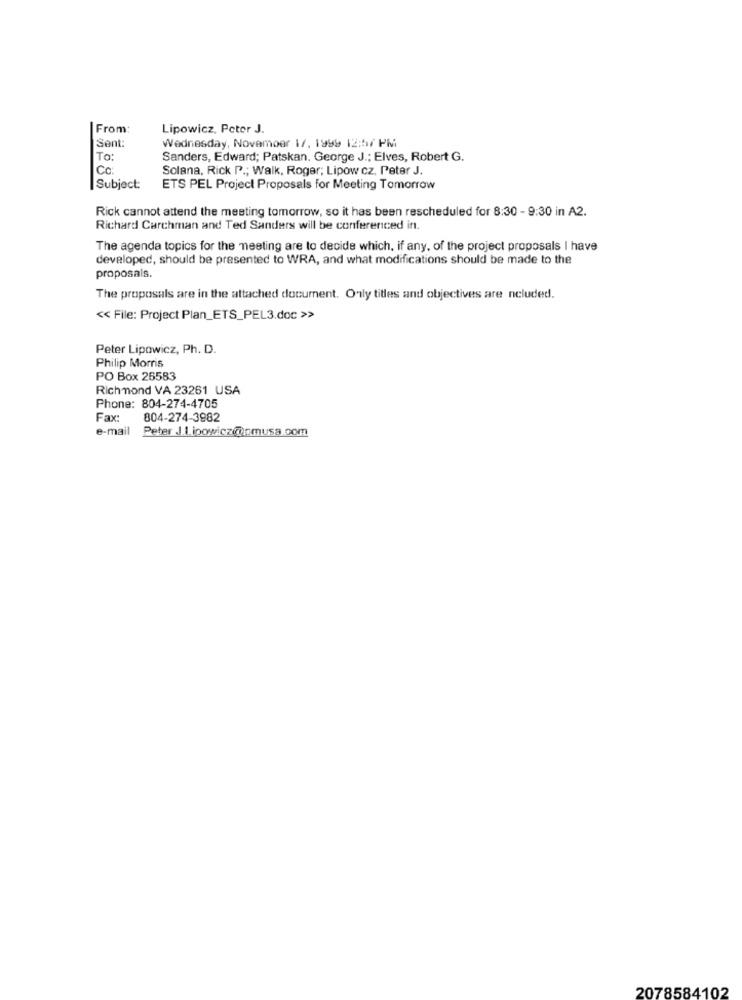
From:
Lipowicz, Peter J.
Sent:
Wednesday, November 17, 1999 12:57 PM
To:
Sanders, Edward; Patskan, George J .; Elves, Robert G.
Cc
Solana, Rick P .; Walk, Roger; Lipow cz, Peter J.
Subject:
ETS PEL Project Proposals for Meeting Tomorrow
Rick cannot attend the meeting tomorrow, so it has been rescheduled for 8:30 - 9:30 in A2.
Richard Carchman and Ted Sanders will be conferenced in.
The agenda topics for the meeting are to decide which, if any, of the project proposals I have
developed, should be presented to WRA, and what modifications should be made to the
proposals.
The proposals are in the attached document. Only titles and objectives are ncluded.
<< File: Project Plan_ETS_PEL3.doc >>
Peter Lipowicz, Ph. D.
Philip Morris
PO Box 26583
Richmond VA 23261 USA
Phone: 804-274-4705
Fax:
804-274-3982
e-mail
Peter J.1.ipowicz@gmusa.com
2078584102